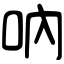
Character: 吶